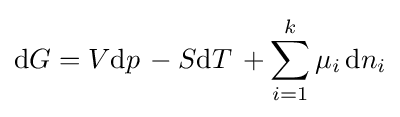
\mathrm {d} G=V\mathrm {d} p\,-S\mathrm {d} T\,+\sum _{i=1}^{k}\mu _{i}\,\mathrm {d} n_{i}